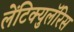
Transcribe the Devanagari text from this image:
लेंटिक्युलॅरिस